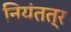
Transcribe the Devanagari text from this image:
नियंतत्र